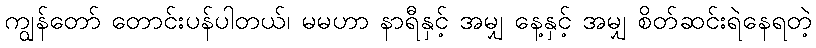
ကျွန်တော် တောင်းပန်ပါတယ်၊ မမဟာ နာရီနှင့် အမျှ နေ့နှင့် အမျှ စိတ်ဆင်းရဲနေရတဲ့